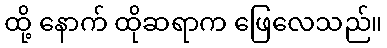
ထို့ နောက် ထိုဆရာက ဖြေလေသည်။